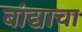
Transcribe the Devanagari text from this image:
बांद्याचा